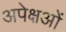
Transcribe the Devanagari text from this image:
अपेक्षओं